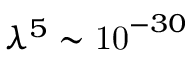
\lambda ^ { 5 } \sim \mathrm { { 1 0 } } ^ { - 3 0 }